DOW-UAP-D64, Mission Report, Iran, November 2020
Agency: Department of War
Incident date: 11/2/20
Incident location: Iran
Page 3
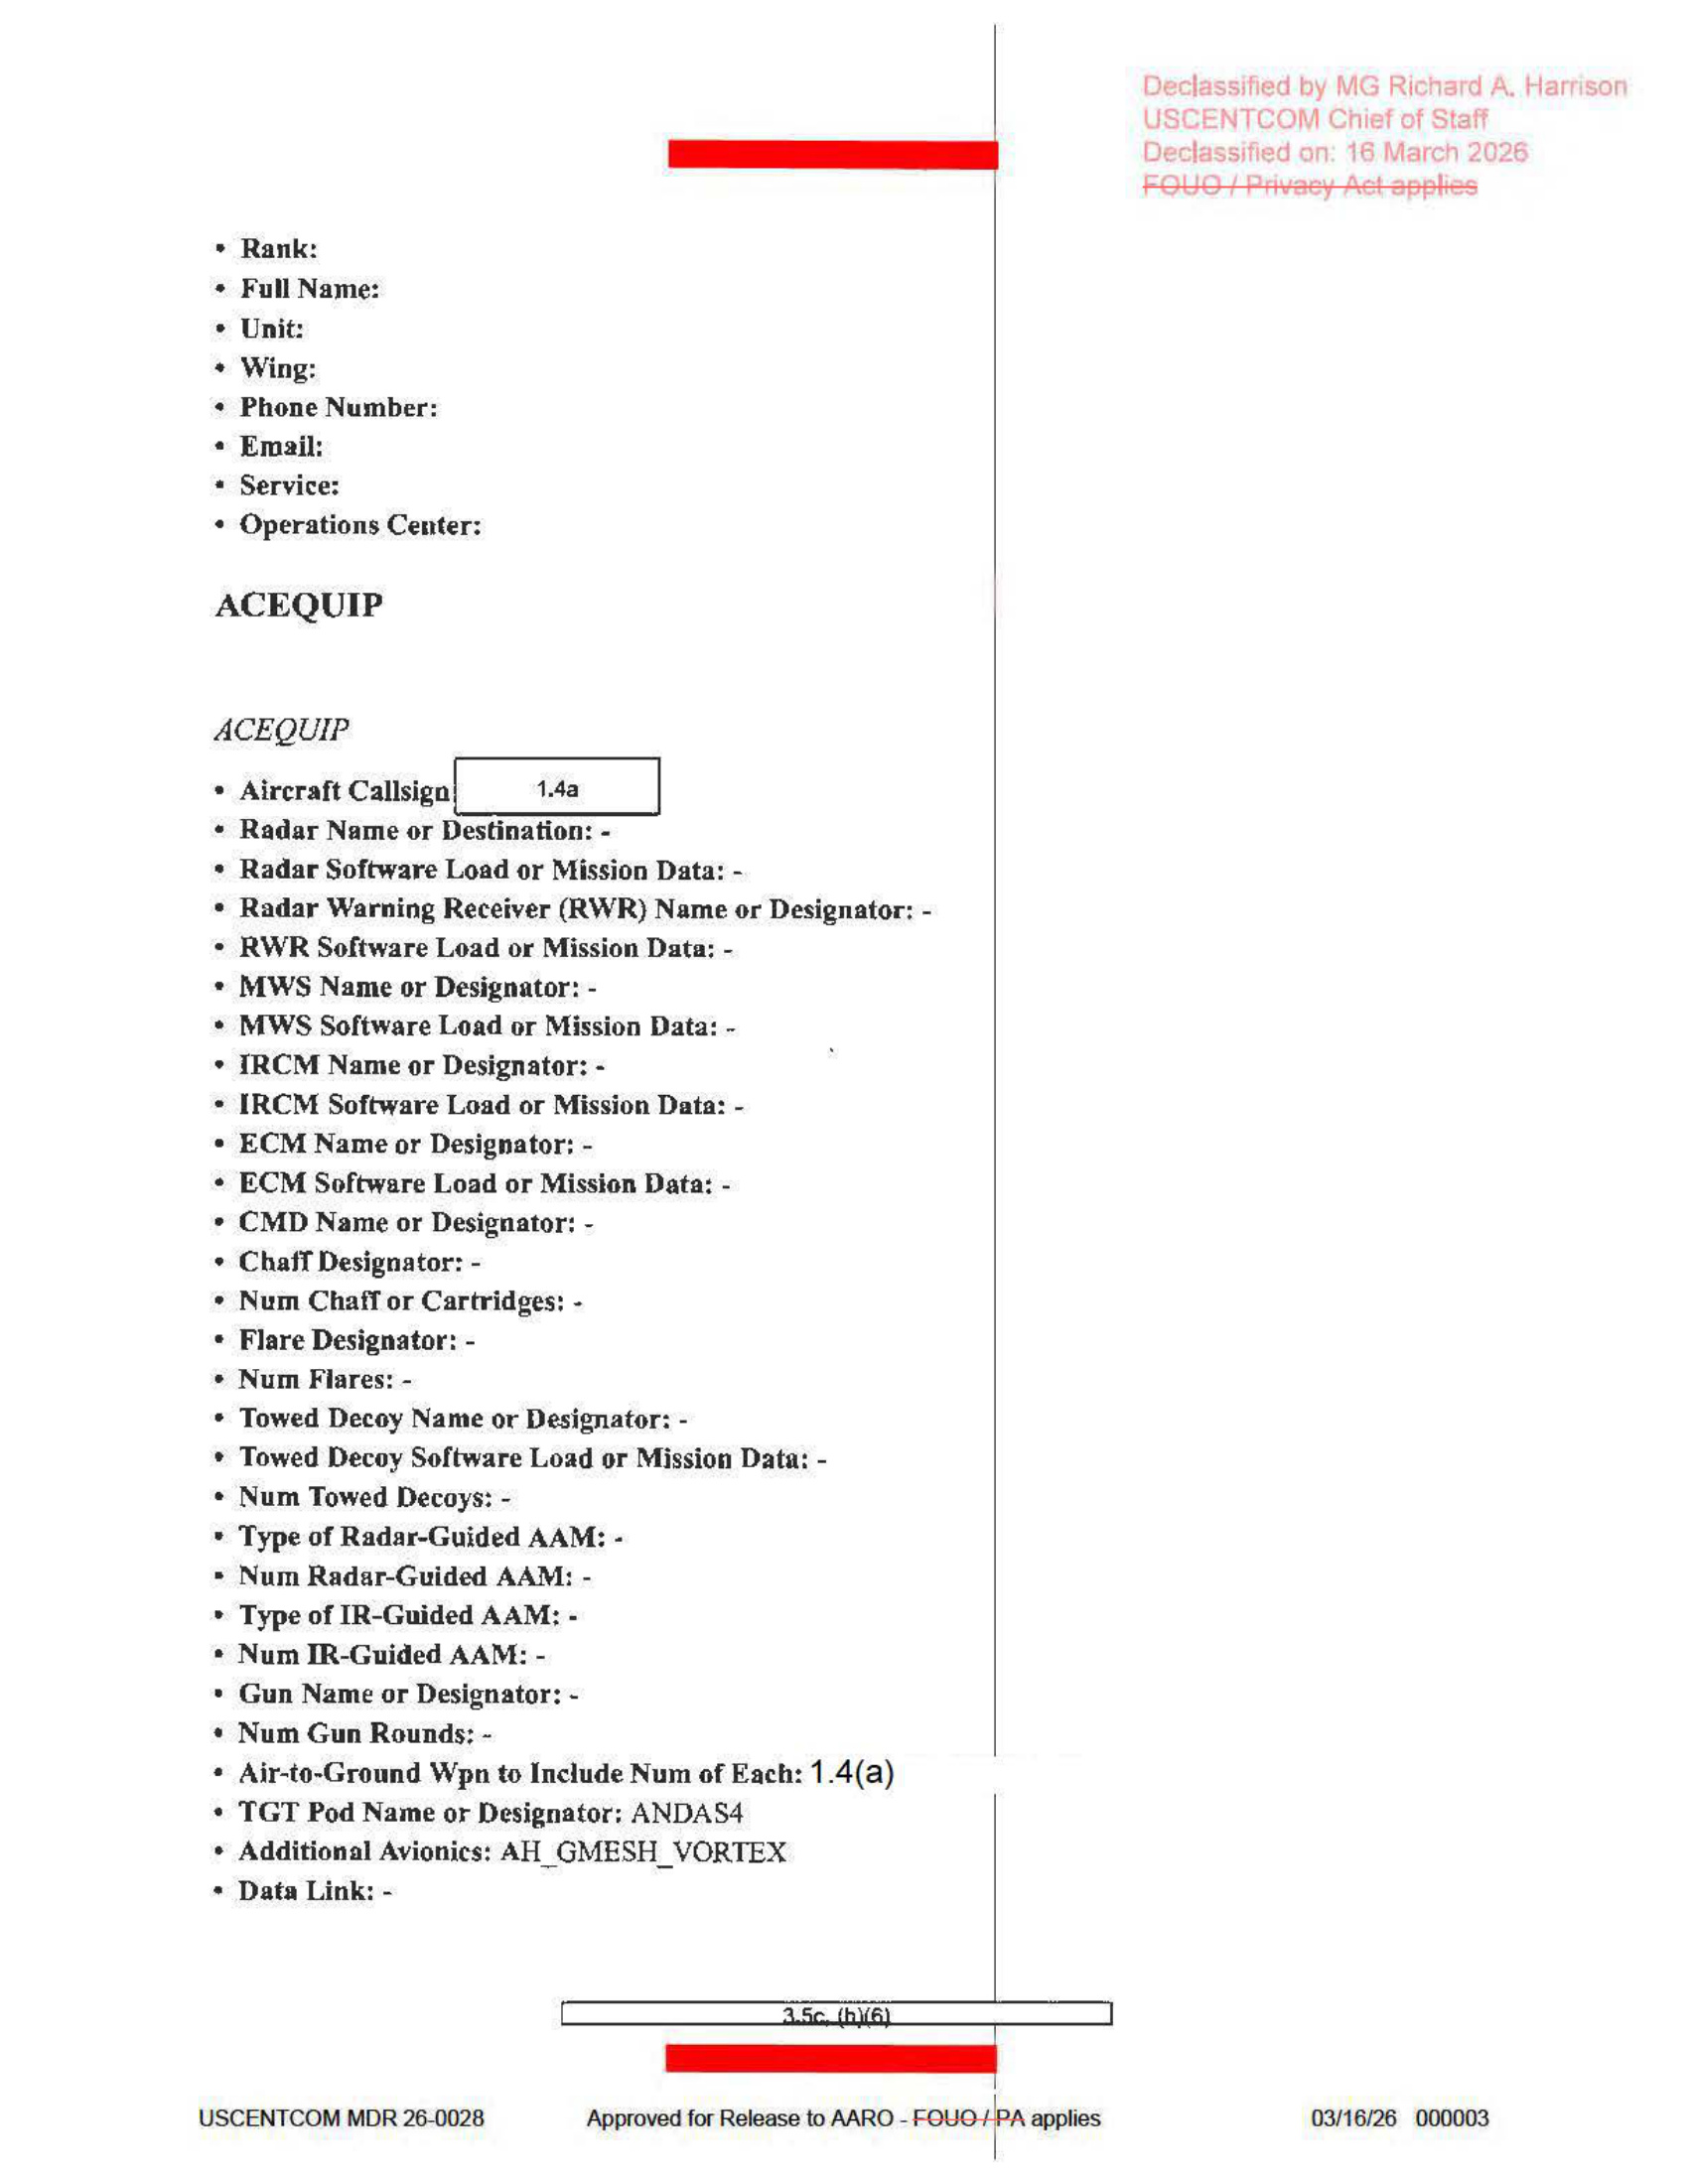